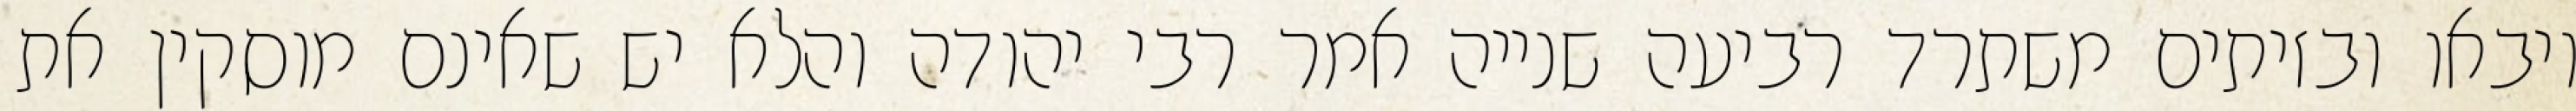
ויבאו ובזיתים משתרד רביעה שנייה אמר רבי יהודה והלא יש שאינם מוסקין את